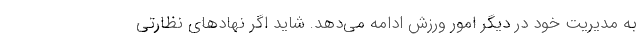
به مدیریت خود در دیگر امور ورزش ادامه می‌دهد. شاید اگر نهادهای نظارتی